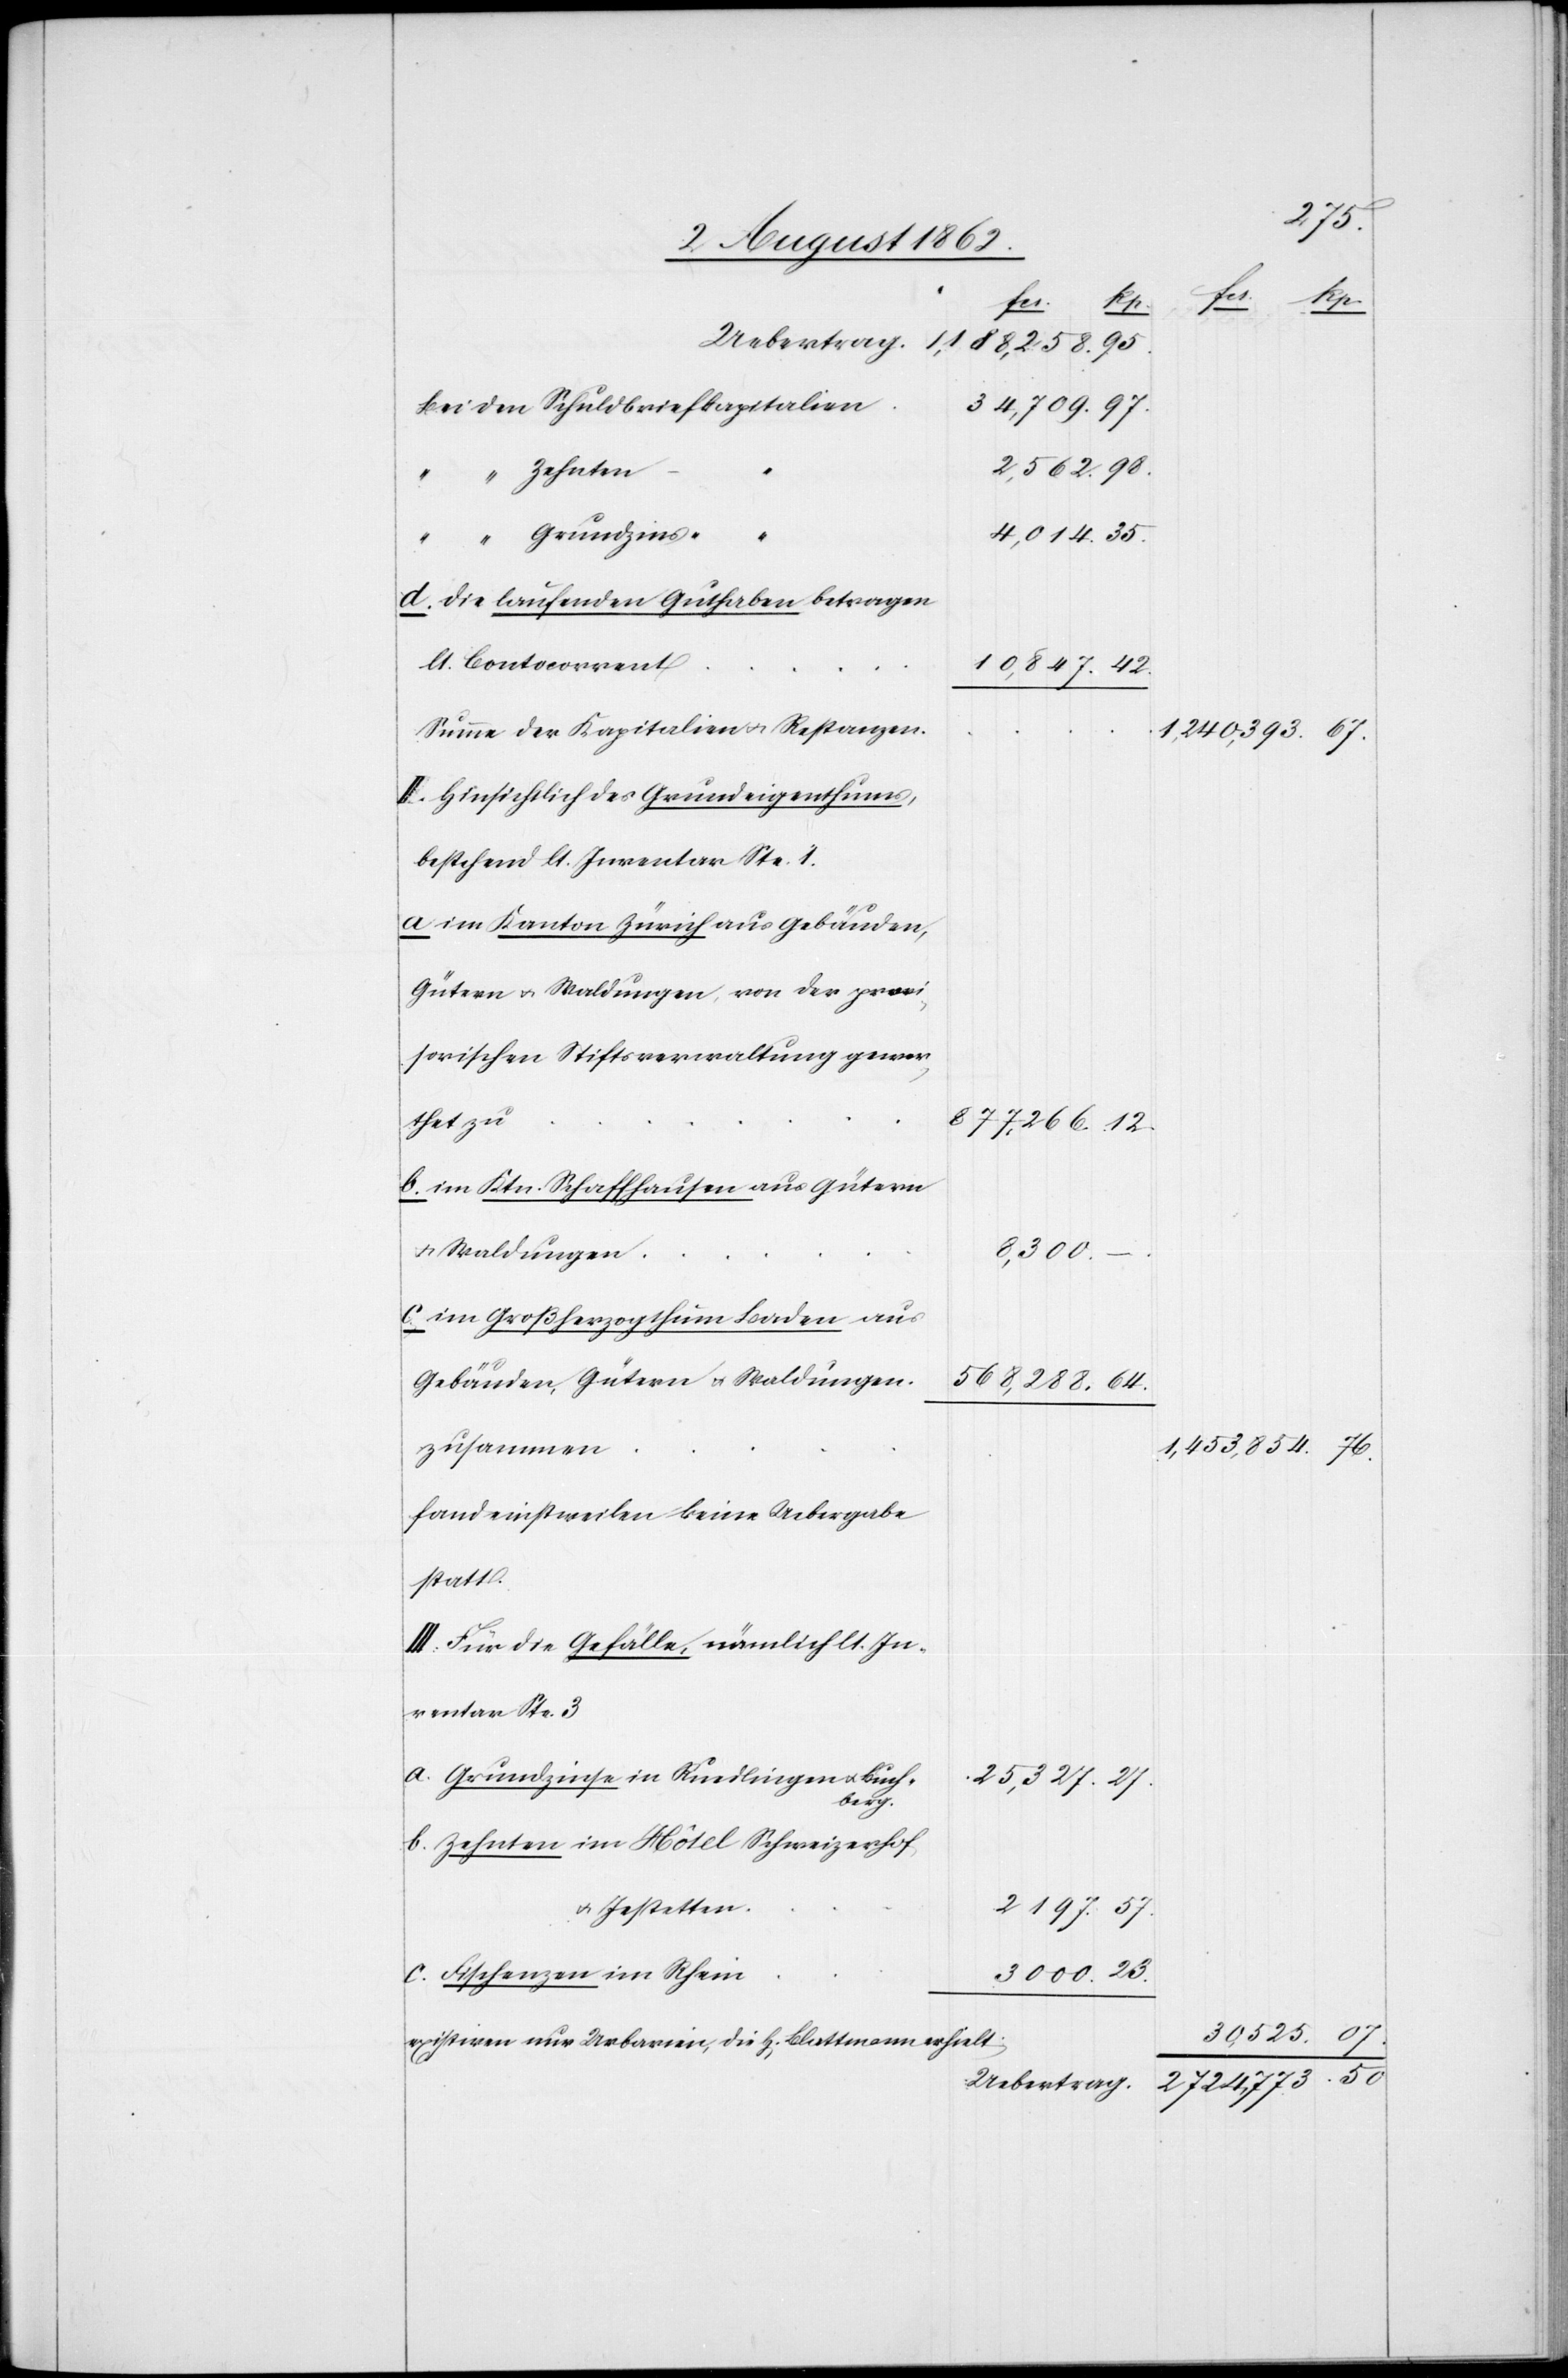
34,709.
Uebertrag
Zehnten-
“
Grundzins-
d. Die laufenden Guthaben betragen
lt. Contocorrent
Summe der Kapitalien u. Restanzen.
1,240,393.
II. Hinsichtlich des Grundeigentums,
bestehend lt. Inventar Ste. 1.
a. im Kanton Zürich aus Gebäuden,
Gütern u. Waldungen, von der provi¬
sorischen Stiftsverwaltung gewer¬
877,266.
thet zu
12.
b. im Ktn. Schaffhausen aus Gütern
3000.
u. Waldungen
–
c. im Großherzogthum Baden aus
Gebäuden, Gütern u. Waldungen
64.
35.
1,453,854.
zusammen
fand einstweilen keine Uebergabe
statt.
III. Für die Gefälle, nämlich lt. In¬
ventar Ste.
a. Grundzinse in Ruedlingen u. Buch¬
25,327.
07.
berg.
b. Zehnten im Hôtel Schweizerhof
u. Jestetten
2197.
57.
c. Fischenzen im Rhein
23.
39 525.
existiren nur Urbarien, die H[errn] Blattmann erhält
2 724,773.

50